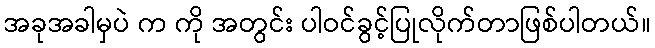
အခုအခါမှပဲ က ကို အတွင်း ပါဝင်ခွင့်ပြုလိုက်တာဖြစ်ပါတယ်။